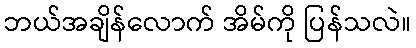
ဘယ်အချိန်လောက် အိမ်ကို ပြန်သလဲ။